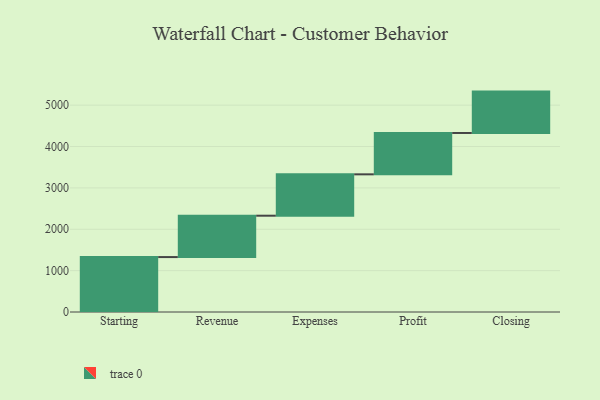
{"axis": {"x": "Step", "y": "Value"}, "legend": [""], "data": [{"x": "Starting", "y": 1328.0, "type": ""}, {"x": "Revenue", "y": 1000, "type": ""}, {"x": "Expenses", "y": 1000, "type": ""}, {"x": "Profit", "y": 1000, "type": ""}, {"x": "Closing", "y": 1000, "type": ""}]}